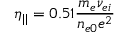
\eta _ { | | } = 0 . 5 1 \frac { m _ { e } \nu _ { e i } } { n _ { e 0 } e ^ { 2 } }